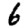
Digit: 6